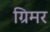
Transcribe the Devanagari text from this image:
ग्रिमर